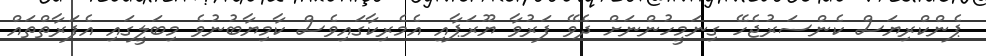
ޕެންކްރިޔަސް ކެންސަރުޖެހޭ ގިނަމީހުންނަށް ދެވޭ ފަރުވާ ޔޫރަޕާއި އެމެރިކާގައިވެސް ކާމިޔާބުނުވެ މިބަލީގައި އެފަރާތްތައް